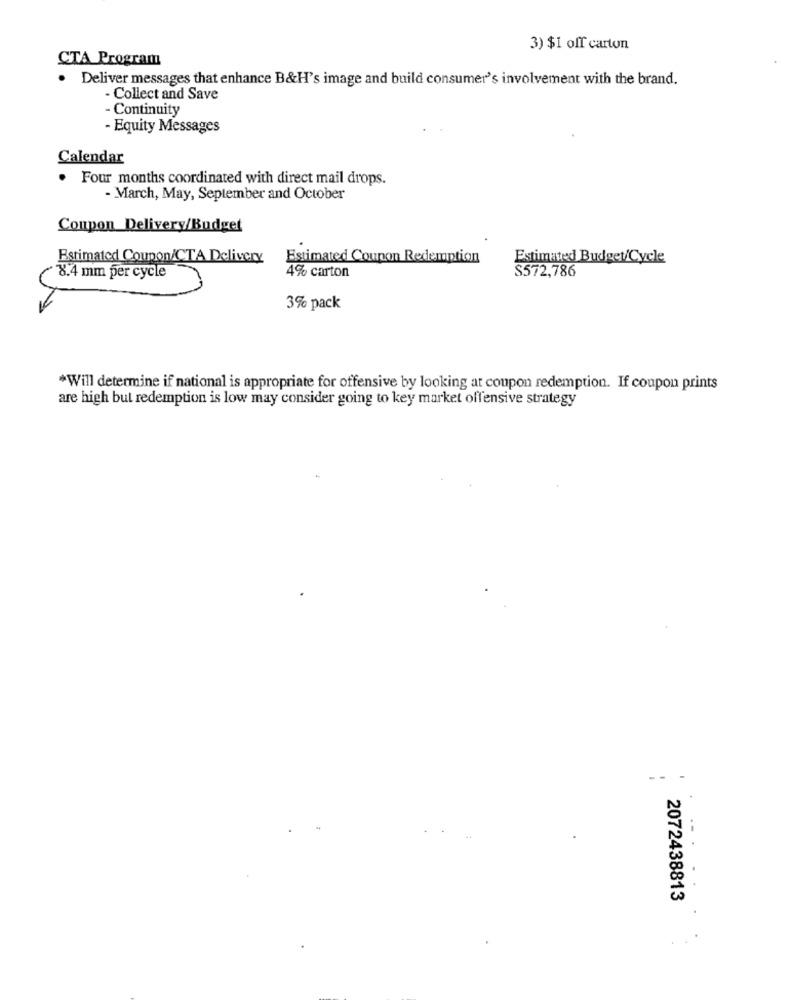
3) $1 off carton
CTA Program
. Deliver messages that enhance B&H's image and build consumer's involvement with the brand.
- Collect and Save
- Continuity
- Equity Messages
Calendar
. Four months coordinated with direct mail drops.
- March, May, September and October
Conpon Delivery/Budget
Estimated Coupon/CTA Delivery
Estimated Coupon Redemption
Estimated Budget/Cycle
8.4 mm per cycle
4% carton
S572,786
3% pack
*Will determine if national is appropriate for offensive by looking at coupon redemption. If coupon prints
are high but redemption is low may consider going to key market offensive strategy
--
2072438813